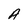
Character: A